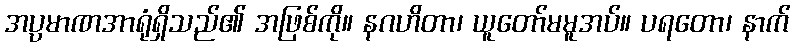
အပ္ပမာဏအာရုံရှိသည်၏ အဖြစ်ကို။ နဂဟိတာ၊ ယူတော်မမူအပ်။ ပရတော၊ နာက်